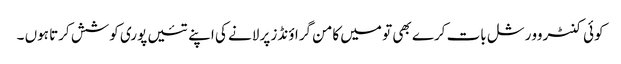
کوئی کنٹروورشل بات کرے بھی تو میں کامن گراؤنڈز پر لانے کی اپنے تئیں پوری کوشش کرتا ہوں ۔